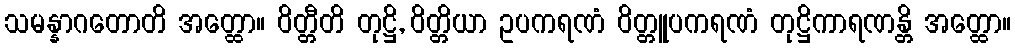
သမန္နာဂတောတိ အတ္ထော။ ဝိတ္တီတိ တုဋ္ဌိ, ဝိတ္တိယာ ဥပကရဏံ ဝိတ္တူပကရဏံ တုဋ္ဌိကာရဏန္တိ အတ္ထော။